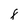
Character: F